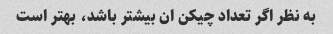
به نظر اگر تعداد چیکن ان بیشتر باشد، بهتر است